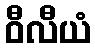
ဝီလီယံ